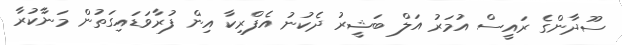
ސޫދާންގެ ރައީސް އުމަރު އަލް ބަޝީރު ދެކުނު އެފްރިކާ އިން ފުރާވަޑައިގަތުން މަނާކުރާ